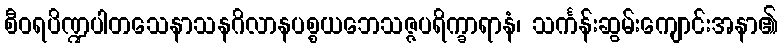
စီဝရပိဏ္ဍပါတသေနာသနဂိလာနပစ္စယဘေသဇ္ဇပရိက္ခာရာနံ၊ သင်္ကန်းဆွမ်းကျောင်းအနာ၏